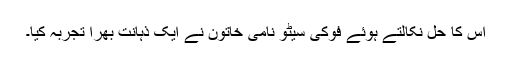
اس کا حل نکالتے ہوئے فوکی سیٹو نامی خاتون نے ایک ذہانت بھرا تجربہ کیا۔